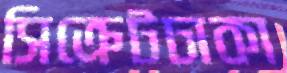
সিক্রেটঢাকা